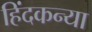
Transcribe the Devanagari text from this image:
हिंदकन्या